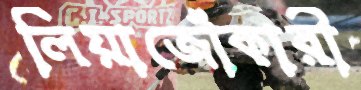
লিয়াজোঁকারী